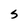
Character: S